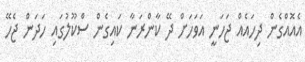
އެއޮއްގެން ދިހައެއް ޖަހަނީ އަވަހަށް ދޭ ކާންރަނާ ކައިގެން ސްކޫލުގައި ހަދަން ޖެހޭ